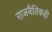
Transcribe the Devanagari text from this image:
राजनैतिकही